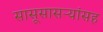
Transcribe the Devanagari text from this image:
सासूसासऱ्यांसह